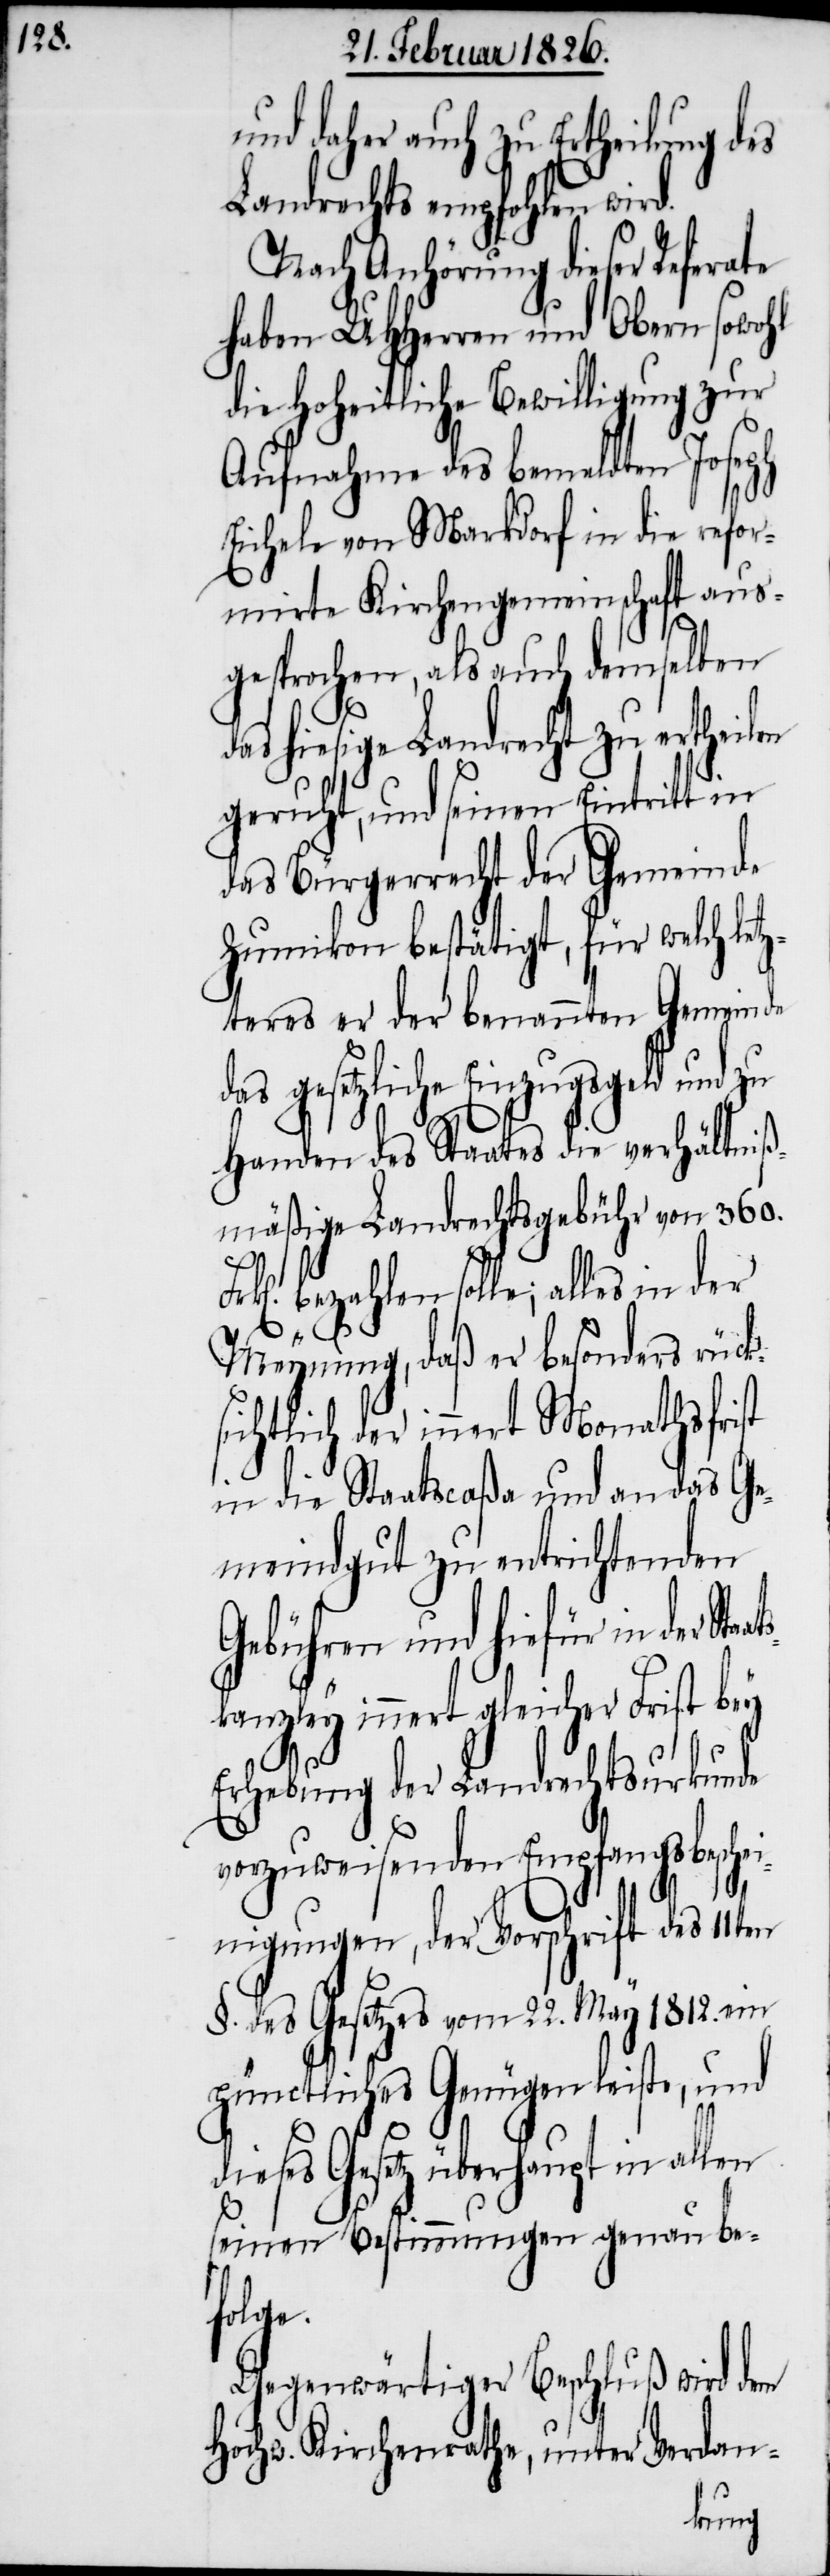
und daher auch zu Ertheilung des
Landrechts empfohlen wird.
Nach Anhörung dieser Referate
haben UHHerren und Obern sowohl
die Hoheitliche Bewilligung zur
d¬
Aufnahme des bemeldten
Eichele von Markdorf
mirte Kirchengeme¬
gesprochen, als auch dem¬
das hiesige Landrecht zu ertheil¬
geruht, und seinen Eintritt
das Bürgerrecht der Gemeinde
Zumikon bestätigt, für welch l¬
et¬
zteres er der benannten
das gesetzliche Einzugsgeld und zu
Handen des Staates die verhältni¬
ßmäßige Landrechtsgebühr von 360.
inschaft
bezahlen solle; alles in der
refor¬
Meynung, daß er besonders rücks¬
ichtlich der innert Monathsfrist
in die Staatscaßa und an das Ge¬
meindsgut zu entrichtenden
Gebühren und hiefür in der
innert gleicher Frist bey
Erhebung der Landrechtsurkunde
vorzuweisenden Empfangsbesch¬
einigungen, der Vorschrift des 11t¬
§. des Gesetzes vom 22. May 1812. ein
pünctliches Genügen leiste, und
ieses Gesetz überhaupt in
seinen Bestimmungen genau be¬
folge.
Gegenwärtiger Beschluß wird dem
rdan-
Hochw. Kirchenrath, unter Ve¬